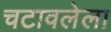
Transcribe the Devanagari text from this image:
चटावलेला